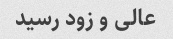
عالی و زود رسید